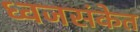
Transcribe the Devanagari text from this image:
ध्वजसंकेत